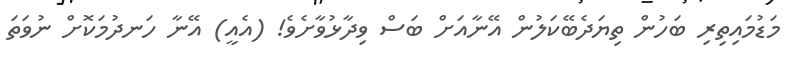
މަޑުމައިތިރި ބަހުން ތިޔަދެބޭކަލުން އޭނާއަށް ބަސް ވިދާޅުވާށެވެ! (އެއީ) އޭނާ ހަނދުމަކޮށް ނުވަތަ